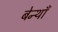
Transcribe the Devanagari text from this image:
बेन्थाँ